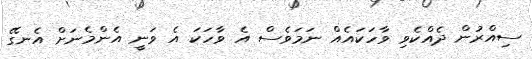
ސިއްރުން ދެއްކެވި ވާހަކައެއް ނަމަވެސް އެ ވާހަކަ އެ ވަނީ އެންމެނަށް އެނގޭ